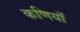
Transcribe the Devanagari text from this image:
कणियाँ